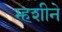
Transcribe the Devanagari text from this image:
म्हशीने